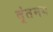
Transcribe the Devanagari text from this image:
वृंतमय